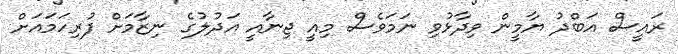
ރައީސް އަބްދު ޔާމީން ވިދާޅުވި ނަމަވެސް މިއީ ޖިނާއީ އަދުލުގެ ނިޒާމަށް ފުރިހަމައަށް